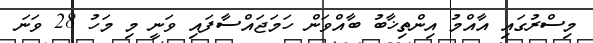
މިސްރުގައި އާއްމު އިންތިޚާބު ބާއްވަން ހަމަޖައްސާފައި ވަނީ މި މަހު 28 ވަނަ